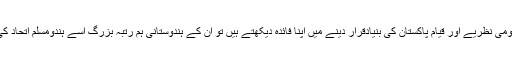
پاکستانی بابایانِ اُردو اس زبان کو دوقومی نظریے اور قیامِ پاکستان کی بنیادقرار دینے میں اپنا فائدہ دیکھتے ہیں تو ان کے ہندوستانی ہم رتبہ بزرگ اسے ہندومسلم اتحاد کی زبان قرار دینا مرغوب رکھتے ہیں۔